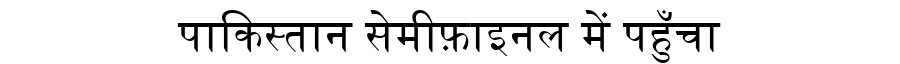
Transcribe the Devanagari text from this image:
पाकिस्तान सेमीफ़ाइनल में पहुँचा